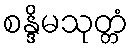
စန္ဒိမသုတ္တံ